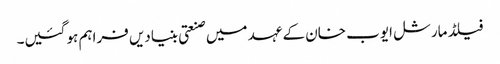
فیلڈ مارشل ایوب خان کے عہد میں صنعتی بنیادیں فراہم ہو گئیں۔